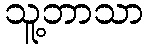
သူ့ဘာသာ